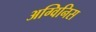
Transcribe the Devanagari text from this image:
अग्विनिस